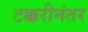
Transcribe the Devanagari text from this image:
टक्करीनंतर